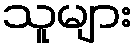
သူများ